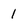
Character: 1